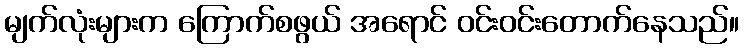
မျက်လုံးများက ကြောက်စဖွယ် အရောင် ဝင်းဝင်းတောက်နေသည်။